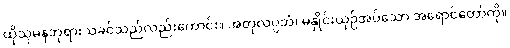
ထိုသုမနဘုရားသခင်သည်လည်းကောင်း။ အတုလပ္ပဘံ၊ မနှိုင်းယှဉ်အပ်သော အရောင်တော်ကို။